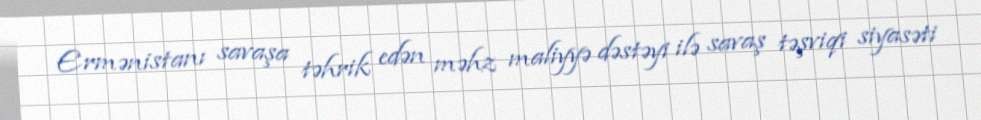
Ermənistanı savaşa təhrik edən məhz maliyyə dəstəyi ilə savaş təşviqi siyasəti